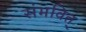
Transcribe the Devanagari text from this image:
संभवित्